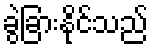
ခွဲခြားနိုင်သည်